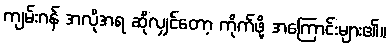
ကျမ်းဂန် အလိုအရ ဆိုလျှင်တော့ ကိုက်ဖို့ အကြောင်းများ၏။